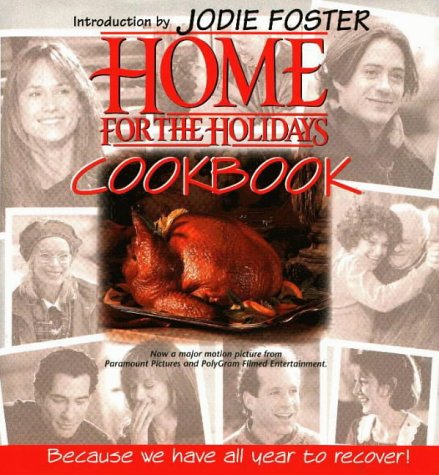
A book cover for Home for the Holidays Cookbook; Cookbooks, Food & Wine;